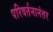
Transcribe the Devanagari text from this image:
परिवर्तनानंतर